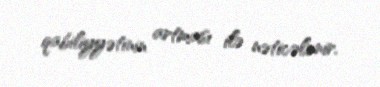
qabiliyyətinin artması ilə nəticələnir.